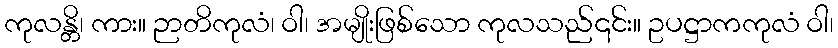
ကုလန္တိ၊ ကား။ ဉာတိကုလံ၊ ဝါ၊ အမျိုးဖြစ်သော ကုလသည်၎င်း။ ဥပဋ္ဌာကကုလံ ဝါ၊